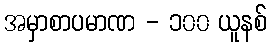
အမှာစာပမာဏ - ၁၀၀ ယူနစ်